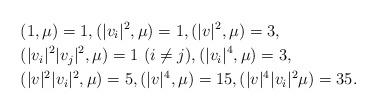
LaTeX: \begin{align*}&(1, \mu)=1, (\vert v_i \vert^2, \mu)=1, (\vert v \vert^2, \mu)=3,\\&(\vert v_i \vert^2 \vert v_j \vert^2, \mu)=1\ (i \neq j), (\vert v_i \vert^4, \mu ) =3, \\&(\vert v \vert^2 \vert v_i \vert^2, \mu) = 5, (\vert v \vert^4, \mu) = 15, ( \vert v\vert^4 \vert v_i \vert^2 \mu )=35.\end{align*}